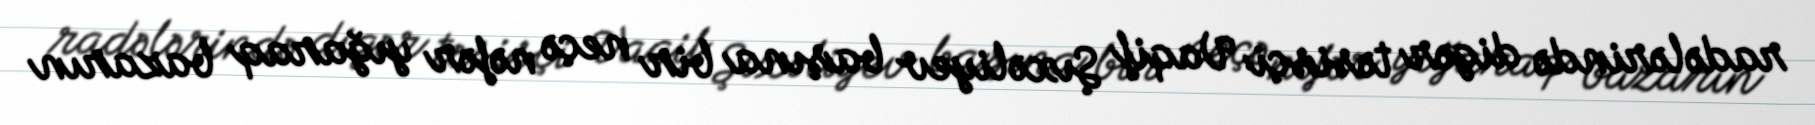
radələrində digər təsisçi Vaqif Şıxəliyev başına bir neçə nəfər yığaraq bazarın